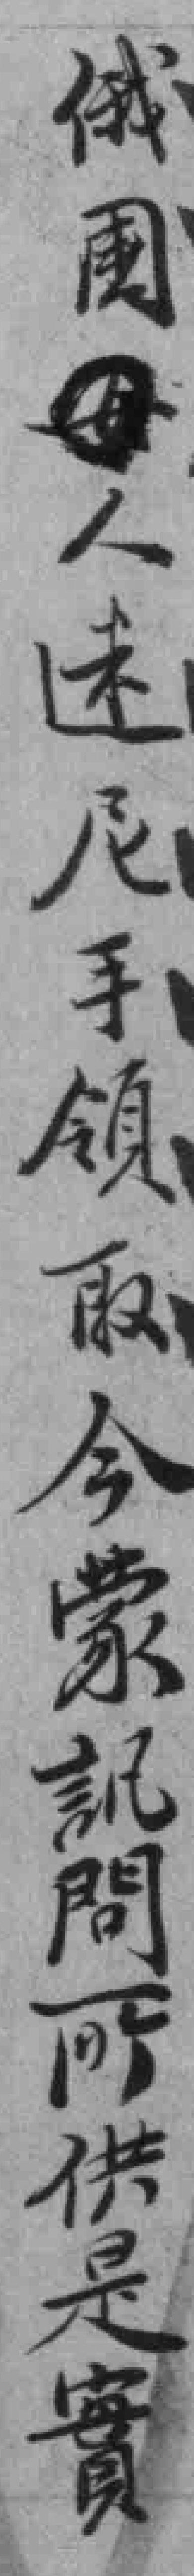
俄國人迷尼手領取今蒙訊問所供是實